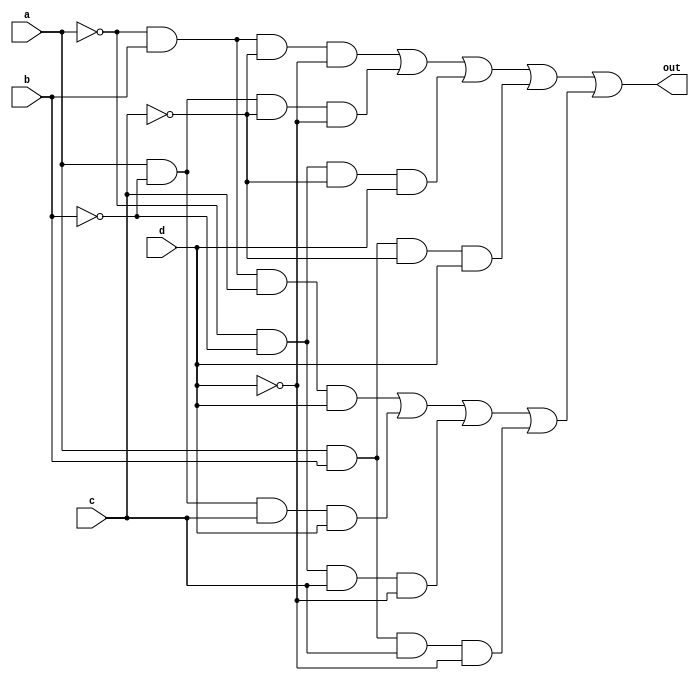
module top_module(
    input a,
    input b,
    input c,
    input d,
    output out  );

    wire out_firsttwo;
    wire out_lasttwo;

    assign out_firsttwo = (~a & b & ~c & ~d) | (a & ~b & ~c & ~d) | (~a & ~b & ~c & d) | (a & b & ~c & d);
    assign out_lasttwo  = (~a & b & c & d) | (a & ~b & c & d) | (~a & ~b & c & ~d) | (a & b & c & ~d);
    assign out = out_firsttwo | out_lasttwo;

endmodule